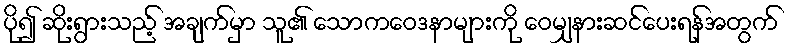
ပို၍ ဆိုးရွားသည့် အချက်မှာ သူ၏ သောကဝေဒနာများကို ဝေမျှနားဆင်ပေးရန်အတွက်